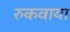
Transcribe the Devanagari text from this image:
रुकवाया